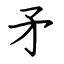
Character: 矛